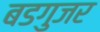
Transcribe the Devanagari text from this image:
बडगुजर